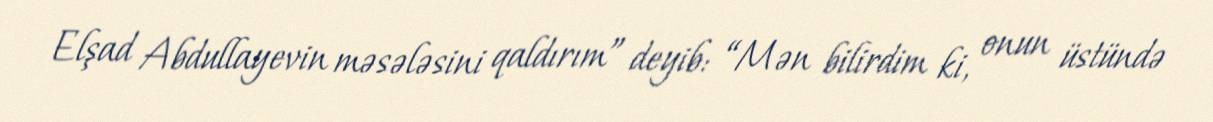
Elşad Abdullayevin məsələsini qaldırım” deyib: “Mən bilirdim ki, onun üstündə